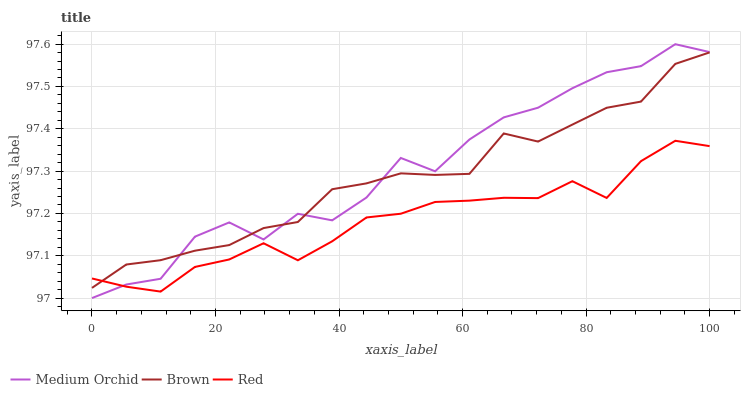
| xaxis_label | Medium Orchid | Brown | Red |
 | --- | --- | --- | --- |
 | 0 | 97 | 97 | 97 |
 | 5.56 | 97 | 97.1 | 97 |
 | 11.1 | 97 | 97.1 | 97 |
 | 16.7 | 97.1 | 97.1 | 97.1 |
 | 22.2 | 97.2 | 97.1 | 97.1 |
 | 27.8 | 97.1 | 97.2 | 97.1 |
 | 33.3 | 97.2 | 97.2 | 97.1 |
 | 38.9 | 97.2 | 97.3 | 97.1 |
 | 44.4 | 97.2 | 97.3 | 97.2 |
 | 50 | 97.3 | 97.3 | 97.2 |
 | 55.6 | 97.3 | 97.3 | 97.2 |
 | 61.1 | 97.4 | 97.3 | 97.2 |
 | 66.7 | 97.4 | 97.4 | 97.2 |
 | 72.2 | 97.4 | 97.4 | 97.2 |
 | 77.8 | 97.5 | 97.4 | 97.3 |
 | 83.3 | 97.5 | 97.4 | 97.2 |
 | 88.9 | 97.5 | 97.5 | 97.3 |
 | 94.4 | 97.6 | 97.6 | 97.4 |
 | 100 | 97.6 | 97.6 | 97.4 |